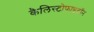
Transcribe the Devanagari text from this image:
कैलिस्टोफाइटॉन